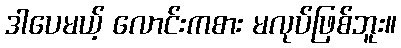
ဒါပေမယ့် လောင်းကစား မလုပ်ဖြစ်ဘူး။